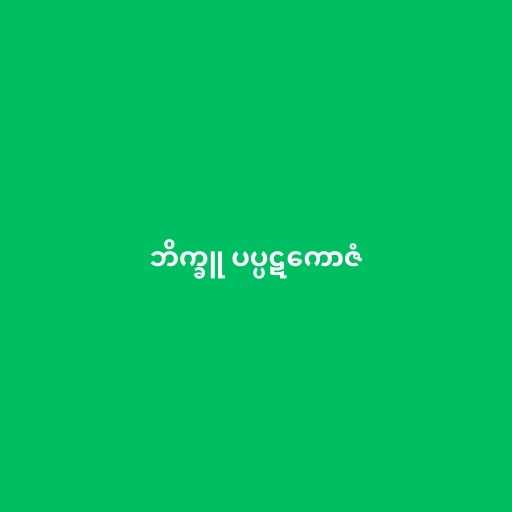
ဘိက္ခူ ပပ္ပဋကောဇံ